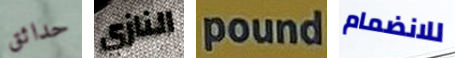
حدائق النازي pound للانضمام